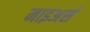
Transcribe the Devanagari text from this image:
माइअर्स